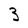
Character: 3